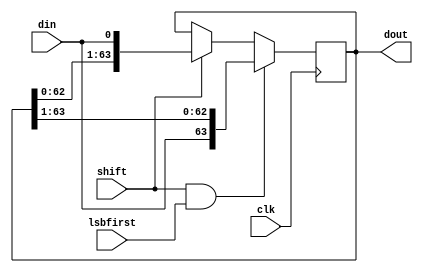
module oh_ser2par #(parameter PW = 64, 
		    parameter SW = 1,   
		    parameter CW = $clog2(PW/SW)  
		    )
   (
    input 		clk, 
    input [SW-1:0] 	din, 
    output reg [PW-1:0] dout, 
    input 		lsbfirst, 
    input 		shift      
    );
   reg [CW-1:0]    count;
   wire [PW-1:0]   shiftdata;
   always @ (posedge clk)
     if(shift & lsbfirst)
       dout[PW-1:0] <= {din[SW-1:0],dout[PW-1:SW]};
     else if(shift)
       dout[PW-1:0] <= {dout[PW-SW-1:0],din[SW-1:0]};
endmodule